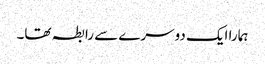
ہمارا ایک دوسرے سے رابطہ تھا۔